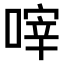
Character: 𠹼